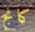
كانج